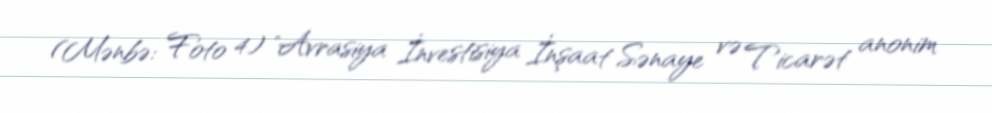
(Mənbə: Foto 4) "Avrasiya İnvestisiya İnşaat Sənaye və Ticarət anonim